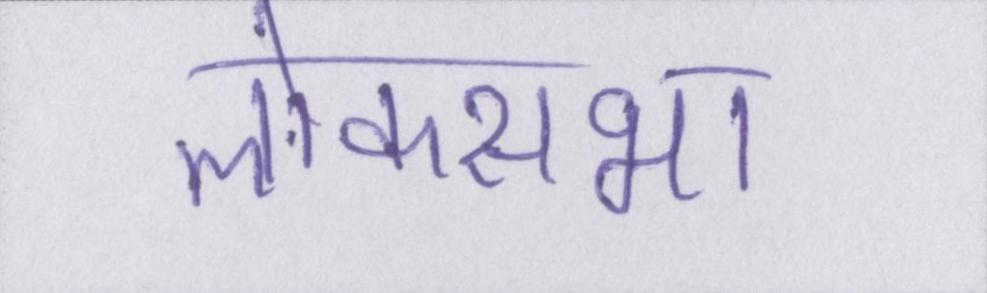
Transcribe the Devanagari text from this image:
लोकसभा